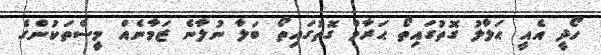
ހޯދީ އެއީ ޙަލާލު ގޮތުގައިތޯ ޙަރާމް ގޮތުގައިތޯ ބަލާ ނުލާނެ ޒަމާނެއް މީސްތަކުންގެ